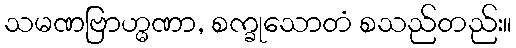
သမဏဗြာဟ္မဏာ, စက္ခုသောတံ စသည်တည်း။